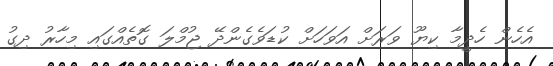
އެހެން ހެދީމާ ކިޔޫ ވަރަށް އަވަހަށް ކުޑަވެގެންދޭ ޖުމްލަ ގޮތެއްގައި މިހާރު ދިގު